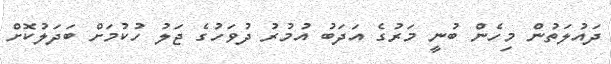
ދައުލަތުން މިހެން ބުނީ މަރުގެ އަދަބު އުމުރު ދުވަހުގެ ޖަލު ހުކުމަށް ބަދަލުކޮށް